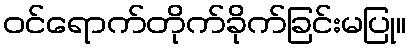
ဝင်ရောက်တိုက်ခိုက်ခြင်းမပြု။